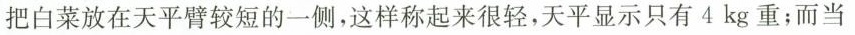
把白菜放在天平臂较短的一侧，这样称起来很轻，天平显示只有4kg重；而当